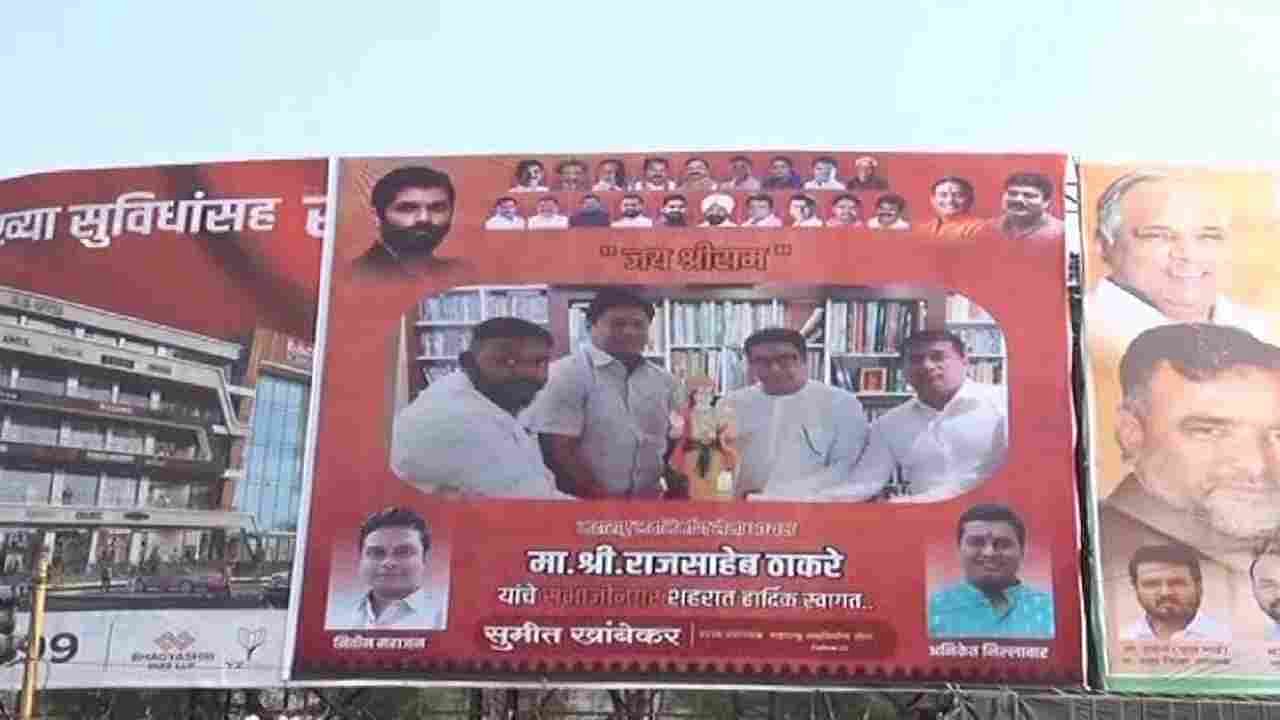
Language: marathi
Transcription: सुमीत जय श्रीराम मा. यांचे ठाकरे श्री. शहरात हार्दिक खांबेकर सुविधांसह राजसाहेब स्वागत..